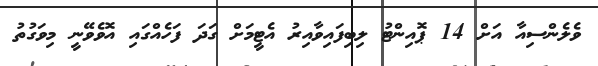
ވެލެންސިއާ އަށް 14 ޕޮއިންޓު ލިބިފައިވާއިރު އެޓީމަށް ގަދަ ފަހެއްގައި އޮވެވޭނީ މިވަގުތު